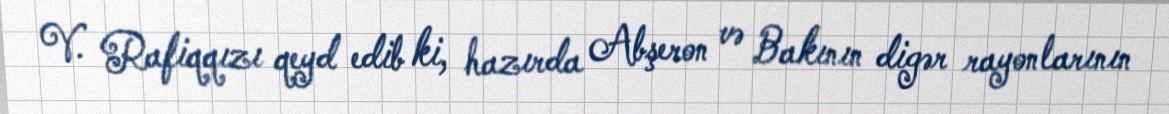
V. Rafiqqızı qeyd edib ki, hazırda Abşeron və Bakının digər rayonlarının